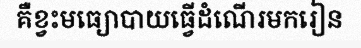
គឺខ្វះមធ្យោបាយធ្វើដំណើរមករៀន